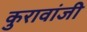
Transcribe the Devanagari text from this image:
कुरावांजी